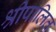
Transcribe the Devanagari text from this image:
श्रीपालित